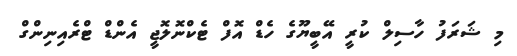
މި ޝަރަފު ހާސިލް ކުރީ އޭބީޔޫގެ ހެޑް އޮފް ޓެކްނޮލޮޖީ އެންޑް ޓްރެއިނިންގް